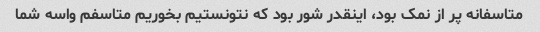
متاسفانه پر از نمک بود، اینقدر شور بود که نتونستیم بخوریم متاسفم واسه شما